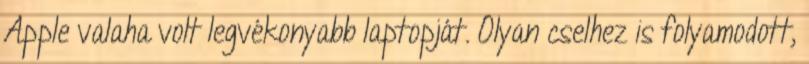
Apple valaha volt legvékonyabb laptopját. Olyan cselhez is folyamodott,